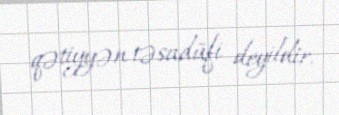
qətiyyən təsadüfi deyildir.